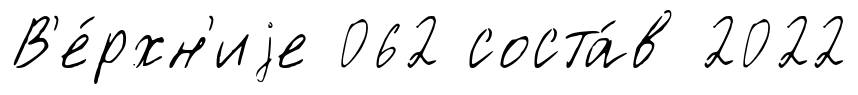
В'е́рхн'иjе 062 соста́в 2022